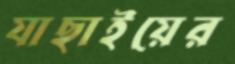
যাছাইয়ের